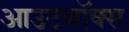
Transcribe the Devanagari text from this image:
आउटबॉक्स